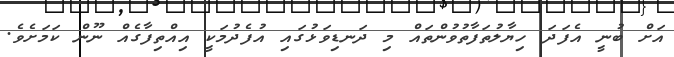
އަށް ބުނީ އެފަދަ ހިޔާލުތަފާތުވުންތައް މި ދަނޑިވަޅުގައި އުފެދުމަކީ އިއްތިފާގެއް ނޫން ކަމަށެވެ.